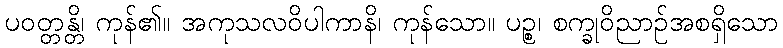
ပဝတ္တန္တိ၊ ကုန်၏။ အကုသလဝိပါကာနိ၊ ကုန်သော။ ပဉ္စ၊ စက္ခုဝိညာဉ်အစရှိသော